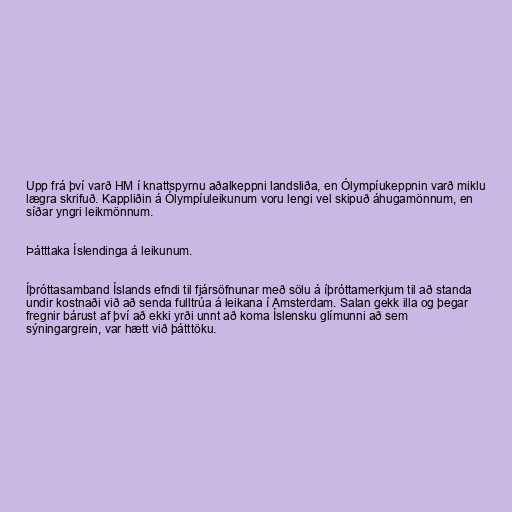
Upp frá því varð HM í knattspyrnu aðalkeppni landsliða, en Ólympíukeppnin varð miklu
lægra skrifuð. Kappliðin á Ólympíuleikunum voru lengi vel skipuð áhugamönnum, en
síðar yngri leikmönnum.

Þátttaka Íslendinga á leikunum.

Íþróttasamband Íslands efndi til fjársöfnunar með sölu á íþróttamerkjum til að standa
undir kostnaði við að senda fulltrúa á leikana í Amsterdam. Salan gekk illa og þegar
fregnir bárust af því að ekki yrði unnt að koma Íslensku glímunni að sem
sýningargrein, var hætt við þátttöku.